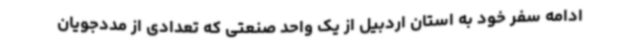
ادامه سفر خود به استان اردبیل از یک واحد صنعتی که تعدادی از مددجویان